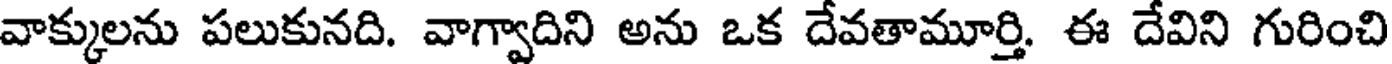
వాక్కులను పలుకునది. వాగ్వాదిని అను ఒక దేవతామూర్తి. ఈ దేవిని గురించి